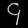
Digit: ၄